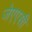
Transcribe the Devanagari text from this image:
जेएएसी